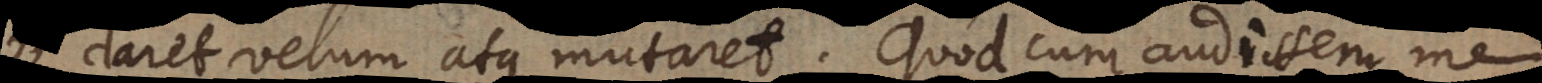
daret velum atque mutaret. Quod cum audissem me